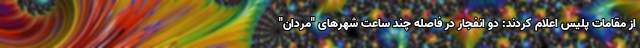
از مقامات پلیس اعلام کردند: دو انفجار در فاصله چند ساعت شهرهای "مردان"